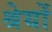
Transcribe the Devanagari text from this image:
श्रेयों